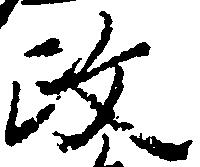
政